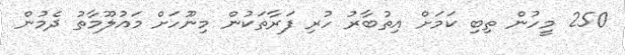
250 މީހުން ތިބި ކަމަށް އިތުބާރު ހުރި ފަރާތަކުން މިނޫހަށް މައުލޫމާތު ދެމުން